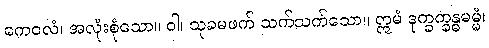
ကေဝလံ၊ အလုံးစုံသော။ ဝါ၊ သုခမဖက် သက်သက်သော။ ဣမံ ဒုက္ခက္ခန္ဓဓမ္မံ၊